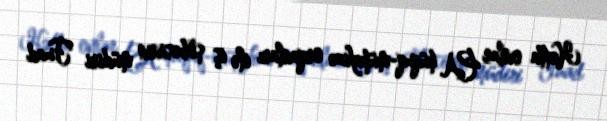
Hətta onlar PA hüquq-mühafizə orqanları ilə iş şöbəsinin müdiri Fuad